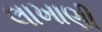
લાખાણી